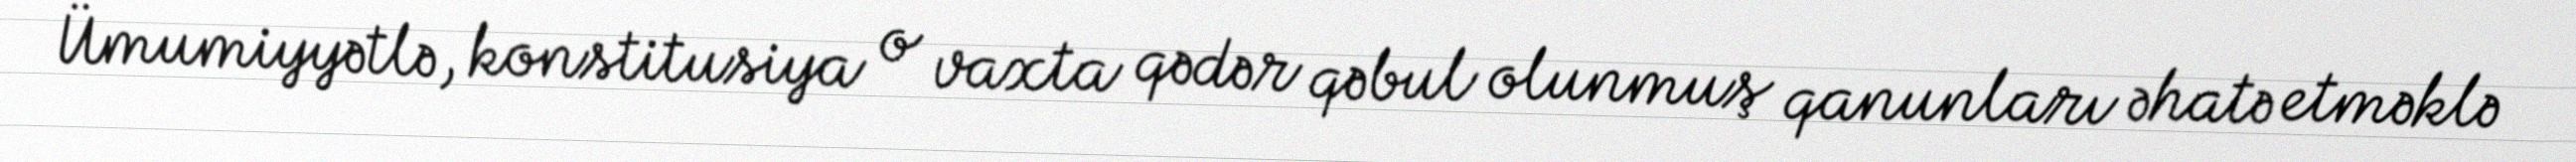
Ümumiyyətlə, konstitusiya o vaxta qədər qəbul olunmuş qanunları əhatə etməklə